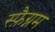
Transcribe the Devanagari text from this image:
स्फ़ैग्नम